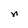
Character: n